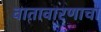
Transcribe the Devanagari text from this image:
वातावारणाचा